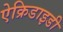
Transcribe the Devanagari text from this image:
ऐक्रिडाइडी